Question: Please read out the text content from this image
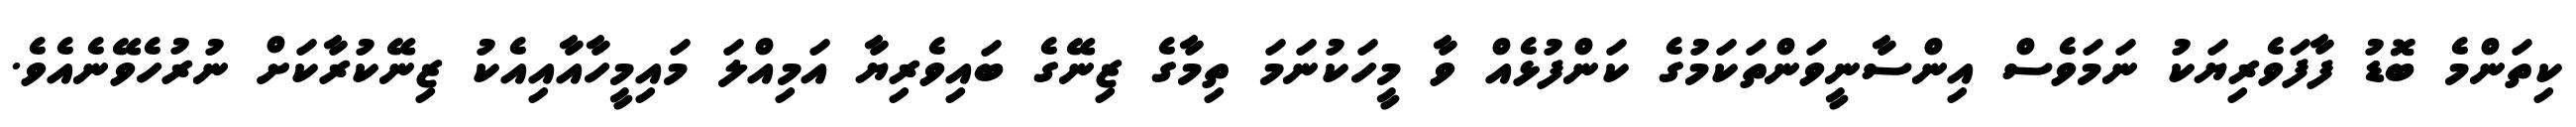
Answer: ކިތަންމެ ބޮޑު ފާފަވެރިޔަކު ނަމަވެސް އިންސާނީވަންތަކަމުގެ ކަންފުޅެއް ވާ މީހަކުނަމަ ތިމާގެ ޒިނޭގެ ބައިވެރިޔާ އަމިއްލަ މައިމީހާއާއިއެކު ޒިނޭކުރާކަށް ނުރުހެވޭނެއެވެ.